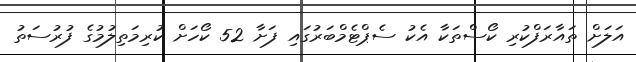
އަލަށް ތައާރަފްކުރި ކޯސްތަކާ އެކު ސެޕްޓެމްބަރުގައި ފަށާ 52 ކޯހަށް ކުރިމަތިލުމުގެ ފުރުސަތު